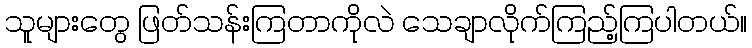
သူများတွေ ဖြတ်သန်းကြတာကိုလဲ သေချာလိုက်ကြည့်ကြပါတယ်။